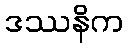
ဒဿနိက